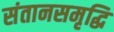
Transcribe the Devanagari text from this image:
संतानसमृद्धि